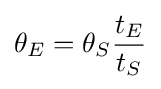
\theta _{E}=\theta _{S}{\frac {t_{E}}{t_{S}}}